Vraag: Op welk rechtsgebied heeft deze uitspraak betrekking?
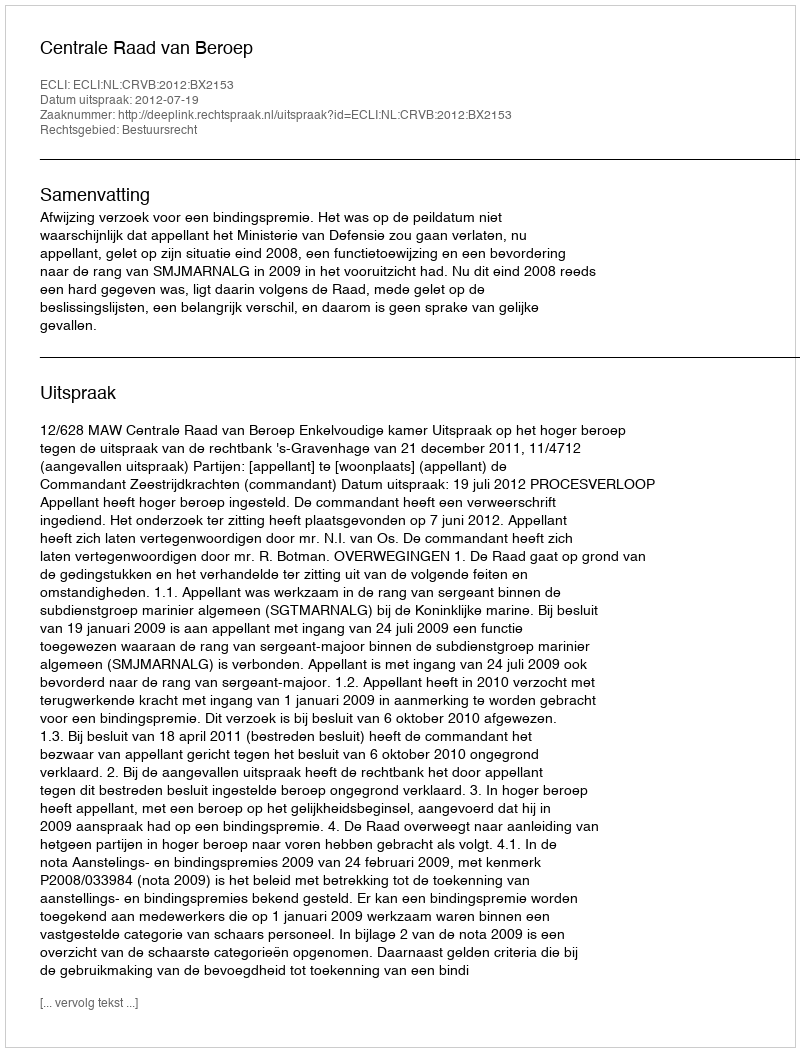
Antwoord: Bestuursrecht